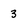
Character: 3